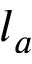
l _ { a }